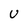
Character: U